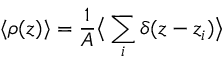
\langle \rho ( z ) \rangle = \frac { 1 } { A } \big \langle \sum _ { i } \delta ( z - z _ { i } ) \big \rangle